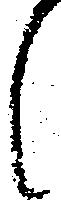
候